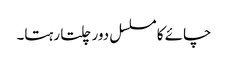
چائے کا مسلسل دور چلتا رہتا۔